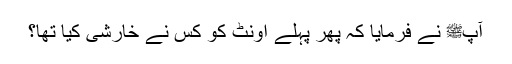
آپﷺ نے فرمایا کہ پھر پہلے اونٹ کو کس نے خارشی کیا تھا؟